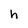
Character: h